Civil Veterinary Department Bihar reports 1936-40 - 1936-1940
Year: 1936
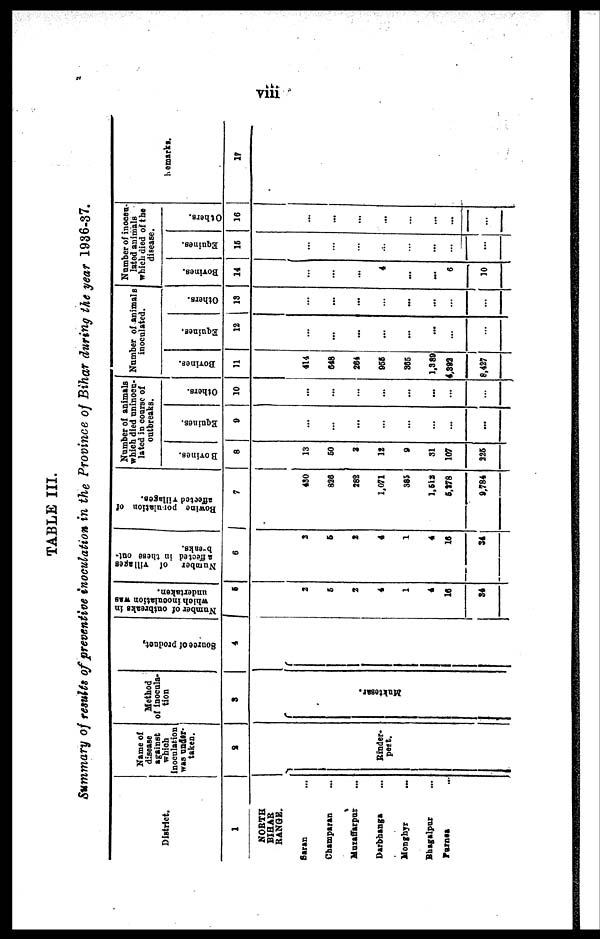
viii
TABLE III.
Summary of result of preventive inoculation in the Province of Bihar during the year 1936-37.
District.
1
NORTH
BIHAR
RANGE.
Saran ...
Champaran ...
Muzaffarpur ...
Darbhanga ...
Monghyr ...
Bhagalpur ...
Parnes ...
Name of
disease
against
which
inoculation
was under-
taken.
2
Rinder-
pest.
Method
of inocula-
tion
3
Muktesar.
Source
of product,
4
Number of outbreaks in
which
inoculation was
undertaken.
5
2
6
2
4
1
4
16
34
Number
of villages
affected in these out-
b-eaks.
6
3
6
…
…
…
…
16
34
Bowine
population of
affected villages.
7
490
826
282
1,071
385
1,513
5,278
9,784
Number of animals
which died uninocu-
lated in course of
outbreaks.
Bovince.
8
13
60
3
12
9
31
107
226
Equines.
9
…
…
...
…
…
…
...
...
Others.
10
...
...
...
...
...
...
...
...
Number of animals
inoculated.
Bovines.
11
414
648
264
955
365
1,389
4,892
8,427
Equines.
12
...
…
…
…
...
...
…
…
Others.
13
…
...
…
…
...
…
…
...
Number of inocou-
lated animals
which died of the
disease.
Bovines.
14
…
…
...
4
...
...
6
10
Equines.
15
…
…
…
…
…
...
…
...
Others.
16
…
...
…
…
…
…
…
...
Remarks.
17